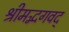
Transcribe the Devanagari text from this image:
श्रीमद्भगवद्